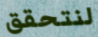
لنتحقق